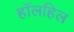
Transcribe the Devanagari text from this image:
हॉलहिल